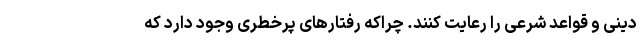
دینی و قواعد شرعی را رعایت کنند. چراکه رفتارهای پرخطری وجود دارد که